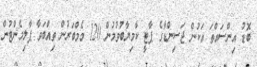
ބޮޑު އިންސައްތަ އަކުން ޖަސިންޑާގެ ޕާޓީ ކާމިޔާބުވުމުން 120 މެމްބަރުން ތިއްބަވާ ޕާލިމެންޓުން